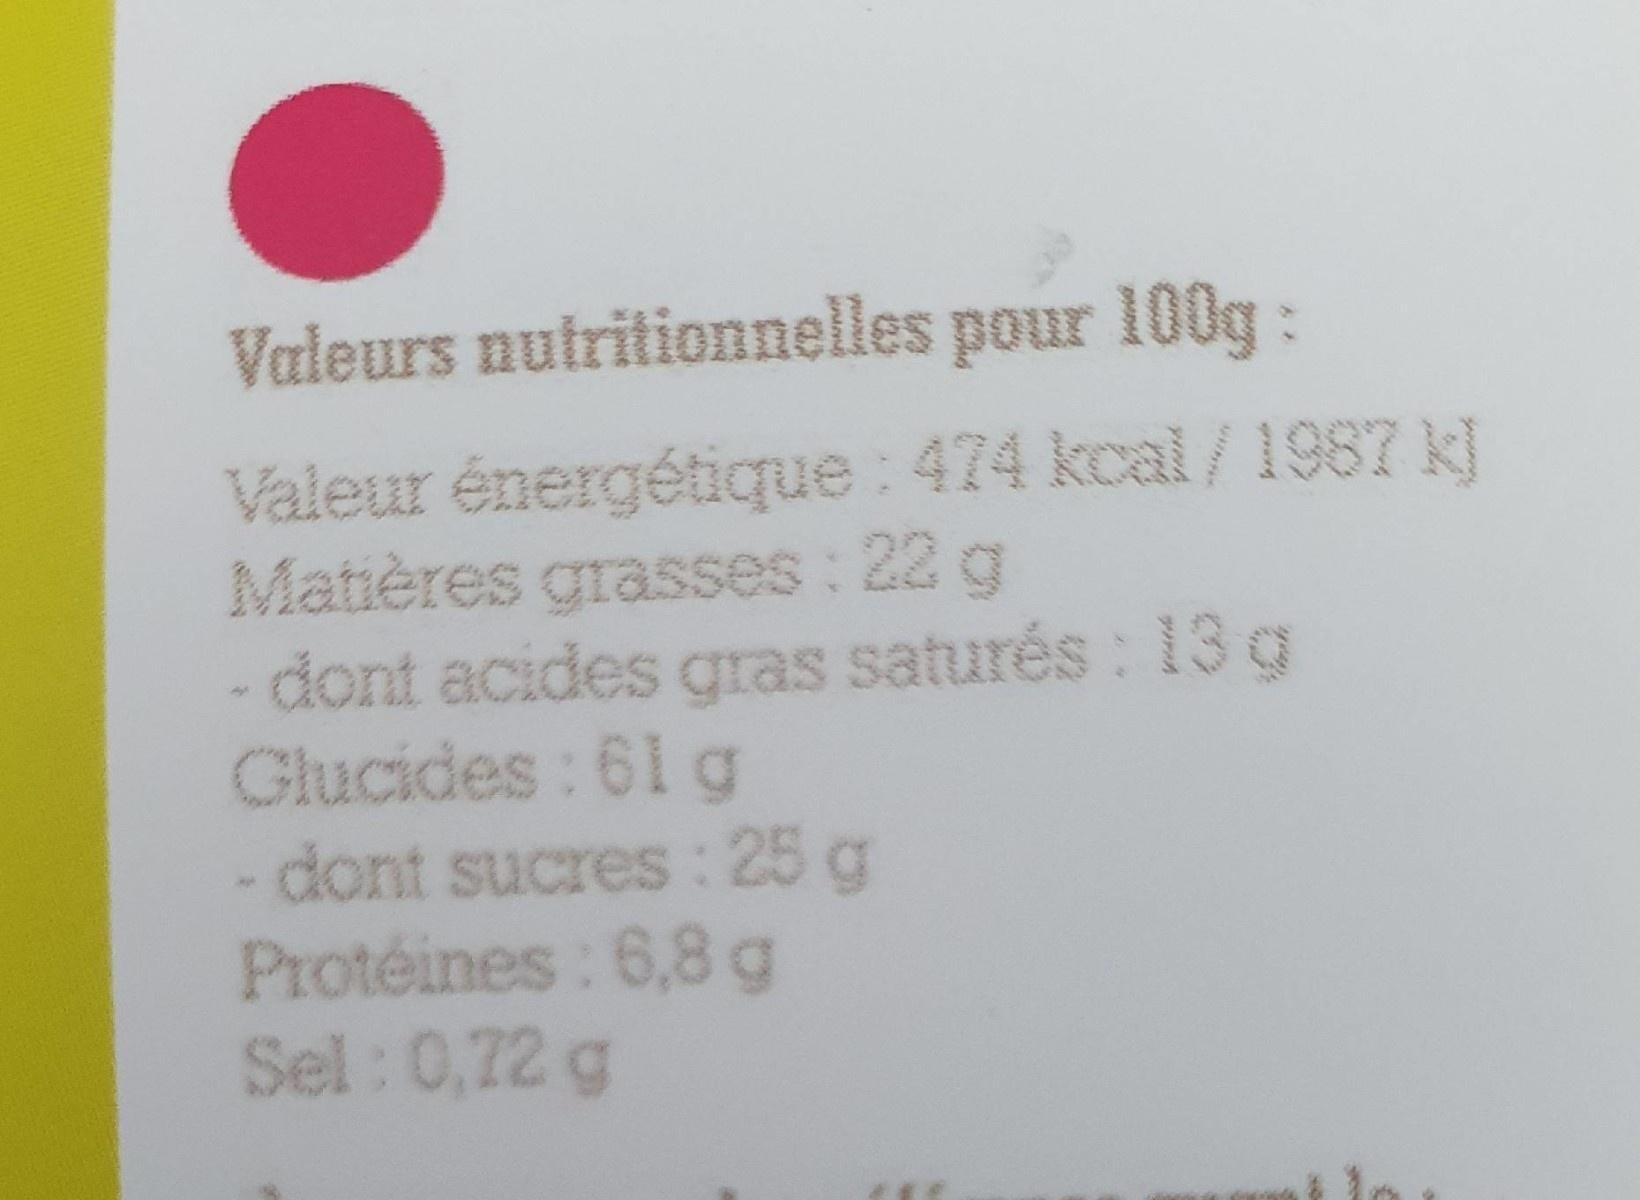
Valeurs nutritionnelles pour 100g :
Valeur énergétique : 474 kcal/ 1987 k] Matières grasses : 22 g - dont acides gras saturés : 13 g Glucides : 61 g - dont sucres : 25 g Protéines : 6,8 g Sel : 0,72 g